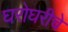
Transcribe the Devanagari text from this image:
घरोघरीचे